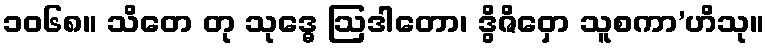
၁၀၆၈။ သိတေ တု သုဒ္ဓေ ဩဒါတော၊ ဒွိဇိဝှော သူစကာ’ဟိသု။